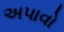
અપાવો